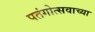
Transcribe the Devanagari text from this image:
पतंगोत्सवाच्या